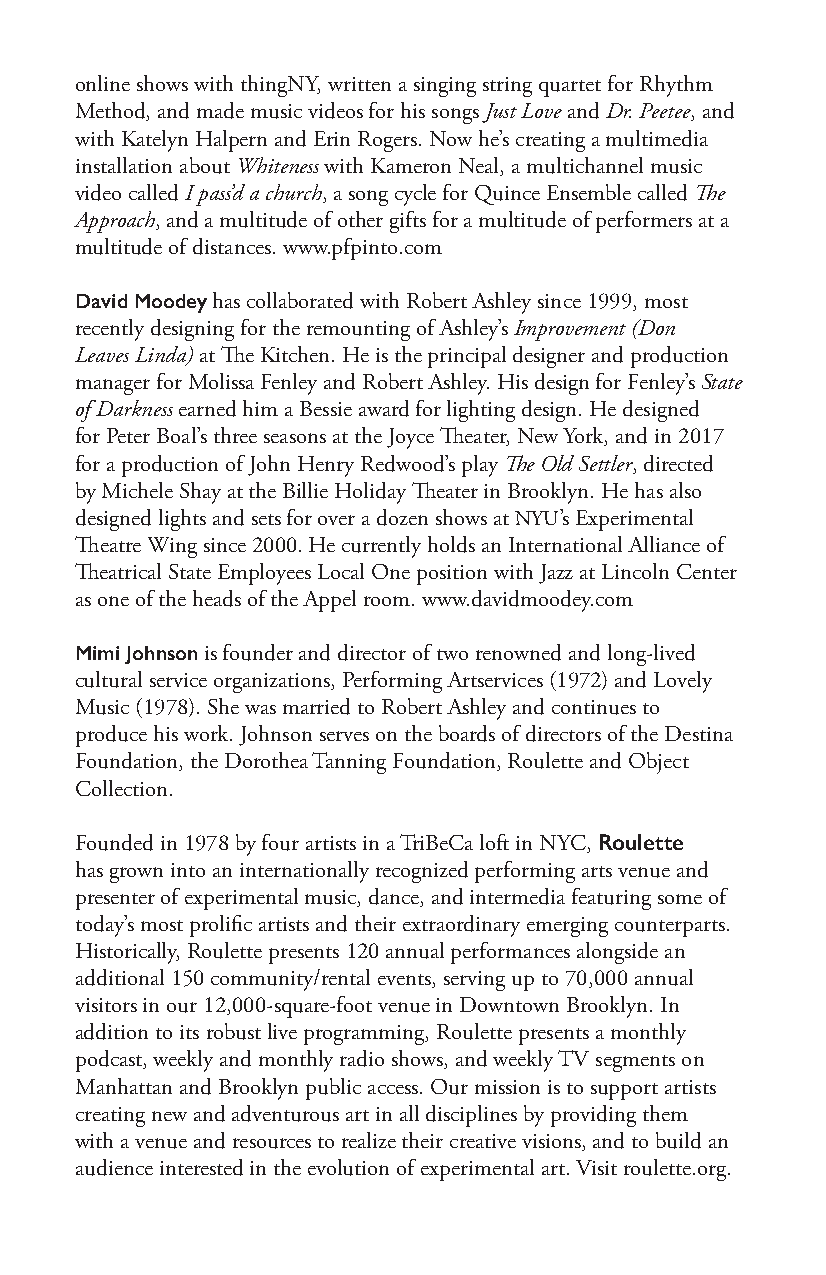
online shows with thingNY, written a singing string quartet for Rhythm
 Method, and made music videos for his songs Just Love and Dr. Peetee, and
 with Katelyn Halpern and Erin Rogers. Now he’s creating a multimedia
 installation about Whiteness with Kameron Neal, a multichannel music
 video called I pass’d a church, a song cycle for Quince Ensemble called The
 Approach, and a multitude of other gifts for a multitude of performers at a
 multitude of distances. www.pfpinto.com
 David Moodey has collaborated with Robert Ashley since 1999, most
 recently designing for the remounting of Ashley’s Improvement (Don
 Leaves Linda) at The Kitchen. He is the principal designer and production
 manager for Molissa Fenley and Robert Ashley. His design for Fenley’s State
 of Darkness earned him a Bessie award for lighting design. He designed
 for Peter Boal’s three seasons at the Joyce Theater, New York, and in 2017
 for a production of John Henry Redwood’s play The Old Settler, directed
 by Michele Shay at the Billie Holiday Theater in Brooklyn. He has also
 designed lights and sets for over a dozen shows at NYU’s Experimental
 Theatre Wing since 2000. He currently holds an International Alliance of
 Theatrical State Employees Local One position with Jazz at Lincoln Center
 as one of the heads of the Appel room. www.davidmoodey.com
 Mimi Johnson is founder and director of two renowned and long-lived
 cultural service organizations, Performing Artservices (1972) and Lovely
 Music (1978). She was married to Robert Ashley and continues to
 produce his work. Johnson serves on the boards of directors of the Destina
 Foundation, the Dorothea Tanning Foundation, Roulette and Object
 Collection.
 Founded in 1978 by four artists in a TriBeCa loft in NYC, Roulette
 has grown into an internationally recognized performing arts venue and
 presenter of experimental music, dance, and intermedia featuring some of
 today’s most prolific artists and their extraordinary emerging counterparts.
 Historically, Roulette presents 120 annual performances alongside an
 additional 150 community/rental events, serving up to 70,000 annual
 visitors in our 12,000-square-foot venue in Downtown Brooklyn. In
 addition to its robust live programming, Roulette presents a monthly
 podcast, weekly and monthly radio shows, and weekly TV segments on
 Manhattan and Brooklyn public access. Our mission is to support artists
 creating new and adventurous art in all disciplines by providing them
 with a venue and resources to realize their creative visions, and to build an
 audience interested in the evolution of experimental art. Visit roulette.org.